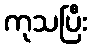
ကုသပြီး